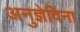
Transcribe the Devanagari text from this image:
अनुज्ञेविना